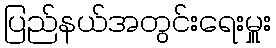
ပြည်နယ်အတွင်းရေးမှူး